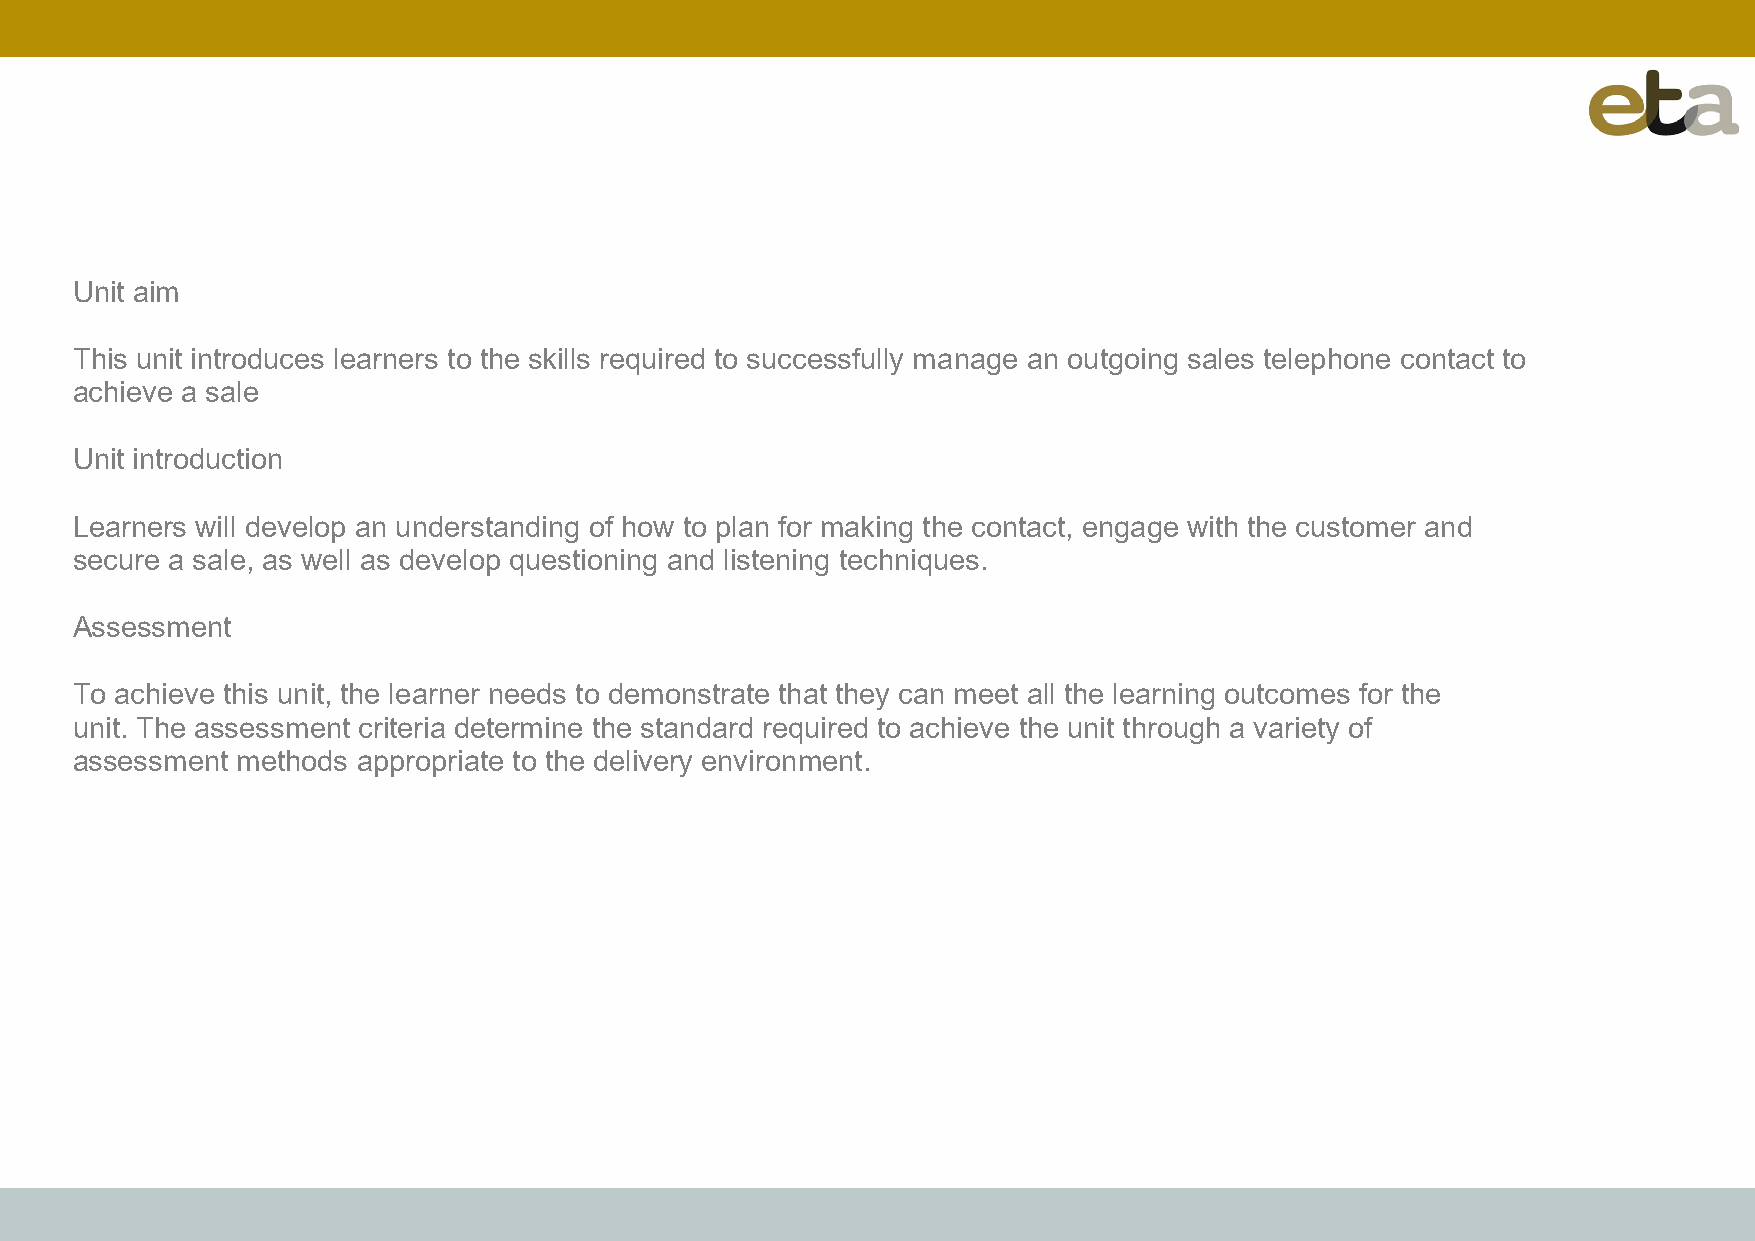
Unit aim
 This unit introduces learners to the skills required to successfully manage an outgoing sales telephone contact to
 achieve a sale
 Unit introduction
 Learners will develop an understanding of how to plan for making the contact, engage with the customer and
 secure a sale, as well as develop questioning and listening techniques.
 Assessment
 To achieve this unit, the learner needs to demonstrate that they can meet all the learning outcomes for the
 unit. The assessment criteria determine the standard required to achieve the unit through a variety of
 assessment methods appropriate to the delivery environment.